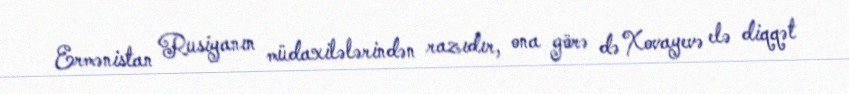
Ermənistan Rusiyanın müdaxilələrindən razıdır, ona görə də Xovayevə elə diqqət